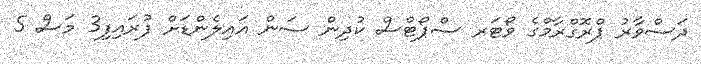
ދަސްވާރު ޕްރޮގްރާމްގެ ވޯޓަރ ސްޕޯޓްސް ކުދިން ސަން އައިލެންޑަށް ފުރައިފި3 މަސް 5